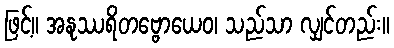
ဖြင့်။ အနုဿရိတဗ္ဗောယေဝ၊ သည်သာ လျှင်တည်း။